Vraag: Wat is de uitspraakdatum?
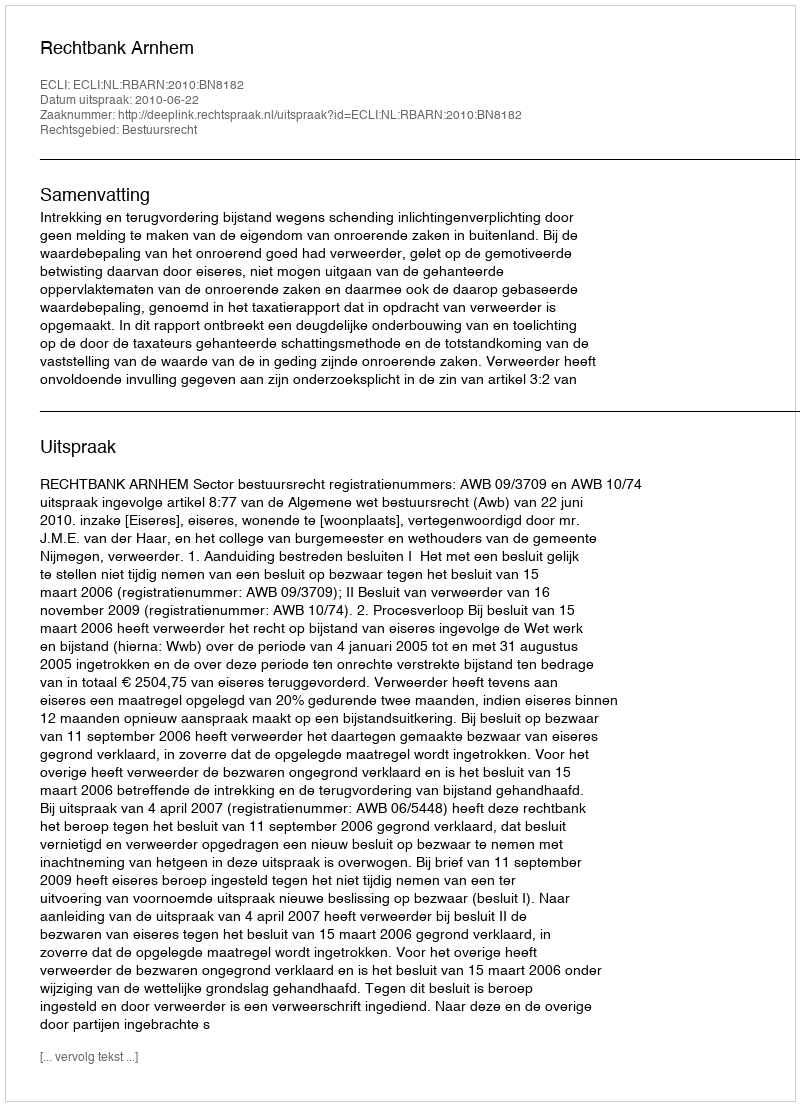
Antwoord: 2010-06-22